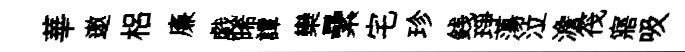
華遨梠廉戯晞譚欒纍宅珍銭琤蕩泣澹筏寤吸